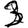
Digit: 3